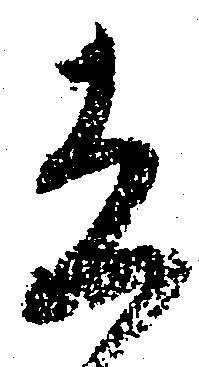
立